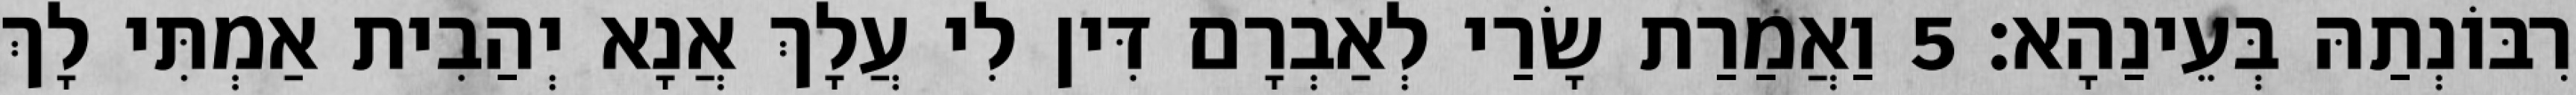
רִבּוֹנְתַהּ בְּעֵינַהָא׃ 5 וַאֲמַרַת שָׂרַי לְאַבְרָם דִּין לִי עֲלָךְ אֲנָא יְהַבִית אַמְתִּי לָךְ